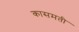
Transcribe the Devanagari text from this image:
कासमती